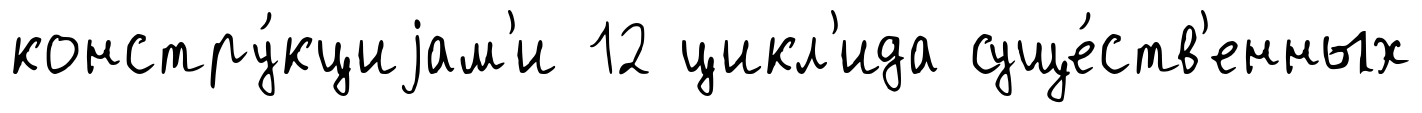
констру́кциjам'и 12 цикл'ида суще́ств'енных